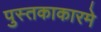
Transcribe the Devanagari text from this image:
पुस्तकाकारमे